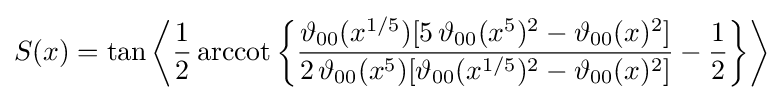
S(x)=\tan {\biggl \langle }{\frac {1}{2}}\operatorname {arccot} {\biggl \{}{\frac {\vartheta _{00}(x^{1/5})[5\,\vartheta _{00}(x^{5})^{2}-\vartheta _{00}(x)^{2}]}{2\,\vartheta _{00}(x^{5})[\vartheta _{00}(x^{1/5})^{2}-\vartheta _{00}(x)^{2}]}}-{\frac {1}{2}}{\biggr \}}{\biggr \rangle }